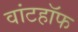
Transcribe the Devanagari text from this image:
वांटहॉफ